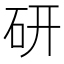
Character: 研